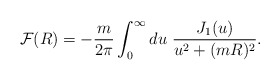
\begin{align*}{\cal F}(R) = -\frac{m}{2\pi}\int_0^\infty du\ \frac{J_1(u)}{u^2+(mR)^2}.\end{align*}